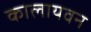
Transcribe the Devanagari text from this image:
कालायवन